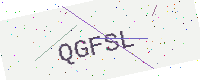
Text: QGFSL